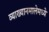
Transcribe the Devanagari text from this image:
व्याख्यानमालेमध्ये